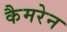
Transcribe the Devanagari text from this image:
कैमरेन